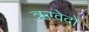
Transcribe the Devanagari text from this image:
ऋग्वेदो